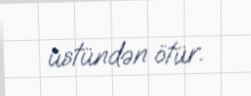
üstündən ötür.